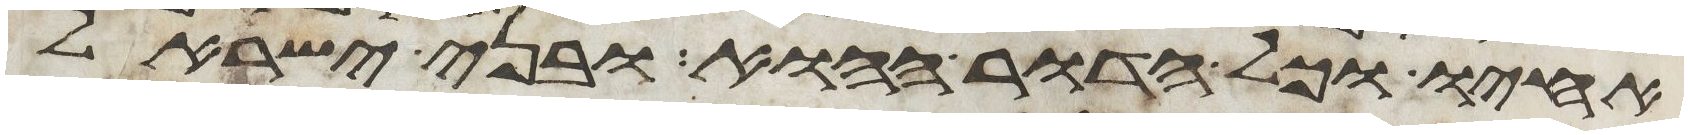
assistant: אחיו וכל הדור ההוא ובני ישראל